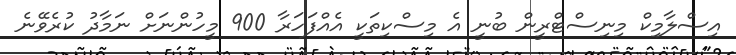
އިސްލާމިކް މިނިސްޓްރީން ބުނީ އެ މިސްކިތަކީ އެއްފަހަރާ 900 މީހުންނަށް ނަމާދު ކުރެވޭނެ